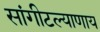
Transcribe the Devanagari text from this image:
सांगीटल्याणाय